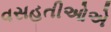
વસહતીઓએ